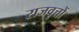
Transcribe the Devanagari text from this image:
राजवृत्तों